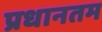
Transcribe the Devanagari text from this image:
प्रधानतम